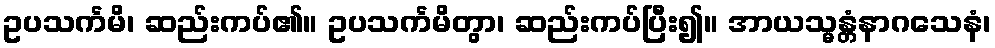
ဥပသင်္ကမိ၊ ဆည်းကပ်၏။ ဥပသင်္ကမိတွာ၊ ဆည်းကပ်ပြီး၍။ အာယသ္မန္တံနာဂသေနံ၊